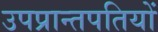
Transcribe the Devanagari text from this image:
उपप्रान्तपतियों